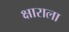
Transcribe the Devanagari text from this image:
क्षाराला